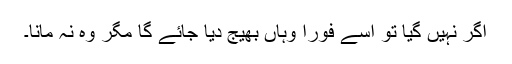
اگر نہیں گیا تو اسے فوراً وہاں بھیج دیا جائے گا مگر وہ نہ مانا۔